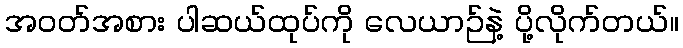
အဝတ်အစား ပါဆယ်ထုပ်ကို လေယာဉ်နဲ့ ပို့လိုက်တယ်။